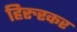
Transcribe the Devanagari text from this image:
हिरुरकर